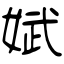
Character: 娬